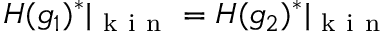
H ( g _ { 1 } ) ^ { * } \vert _ { \mathrm { ~ k ~ i ~ n ~ } } = H ( g _ { 2 } ) ^ { * } \vert _ { \mathrm { ~ k ~ i ~ n ~ } }